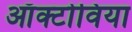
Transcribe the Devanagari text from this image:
ऑक्टोविया